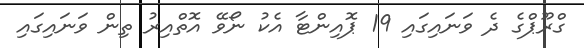
ގްރޫޕްގެ ދެ ވަނައިގައި 19 ޕޮއިންޓާ އެކު ނޯވޭ އޮތްއިރު ތިން ވަނައިގައި